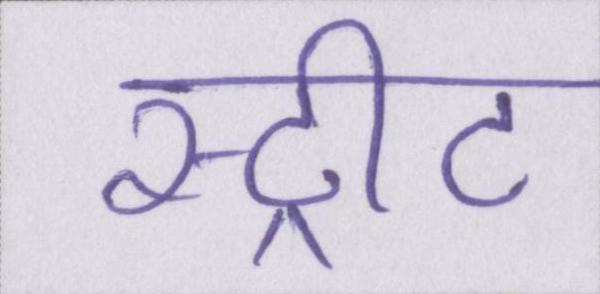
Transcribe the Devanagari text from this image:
स्ट्रीट